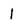
Character: 1